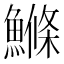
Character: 鰷